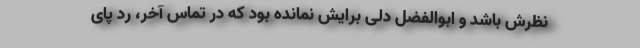
نظرش باشد و ابوالفضل دلی برایش نمانده بود که در تماس آخر، ردّ پای